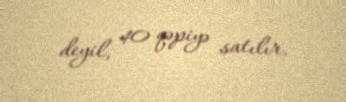
deyil, 40 qəpiyə satılır.